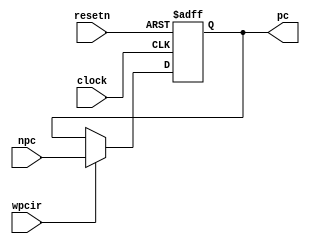
module pipepc( npc,wpcir,clock,resetn,pc );
	input  [31:0] npc;
   input         clock,resetn,wpcir;
   output [31:0] pc;
   reg 	 [31:0] pc;
   always @ (negedge resetn or posedge clock)
      if (resetn == 0)   // 
		begin
          pc <= -4;
      end 
		else 
		if (wpcir != 0)  
		begin
          pc <= npc;  // 
      end
		
endmodule